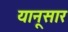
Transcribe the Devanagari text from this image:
यानूसार